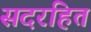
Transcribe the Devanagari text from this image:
सदरहित